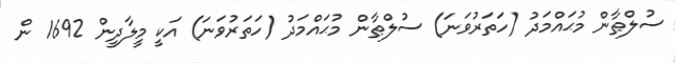
ސުލްޠާން މުޙައްމަދު (ހަތަރުވަނަ) ސުލްޠާން މުޙައްމަދު (ހަތަރުވަނަ) އަކީ މީލާދީން 1692 ން